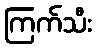
ကြက်သီး